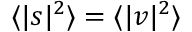
\langle | s | ^ { 2 } \rangle = \langle | v | ^ { 2 } \rangle